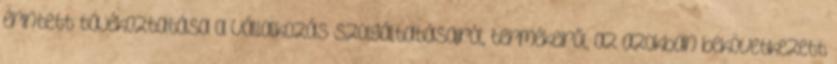
érintett tájékoztatása a Vállalkozás szolgáltatásairól, termékeiről, az azokban bekövetkezett